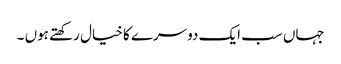
جہاں سب ایک دوسرے کا خیال رکھتے ہوں ۔